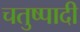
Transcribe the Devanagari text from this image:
चतुष्पादी